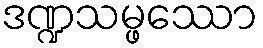
ဒဏ္ဍသမ္ဖဿော